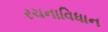
રચનાવિધાન